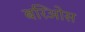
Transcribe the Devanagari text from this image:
बरिओस